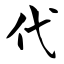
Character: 代